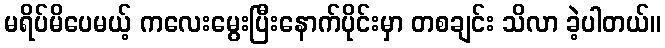
မရိပ်မိပေမယ့် ကလေးမွေးပြီးနောက်ပိုင်းမှာ တစချင်း သိလာ ခဲ့ပါတယ်။